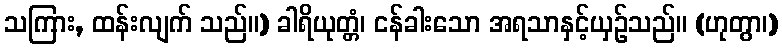
သကြား, ထန်းလျက် သည်။) ခါရိယုတ္တံ၊ ငန်ခါးသော အရသာနှင့်ယှဉ်သည်။ (ဟုတွာ၊)